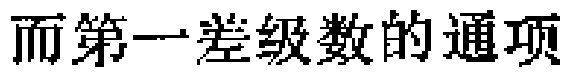
而第一差级数的通项